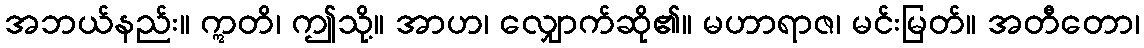
အဘယ်နည်း။ ဣတိ၊ ဤသို့။ အာဟ၊ လျှောက်ဆို၏။ မဟာရာဇ၊ မင်းမြတ်။ အတီတော၊